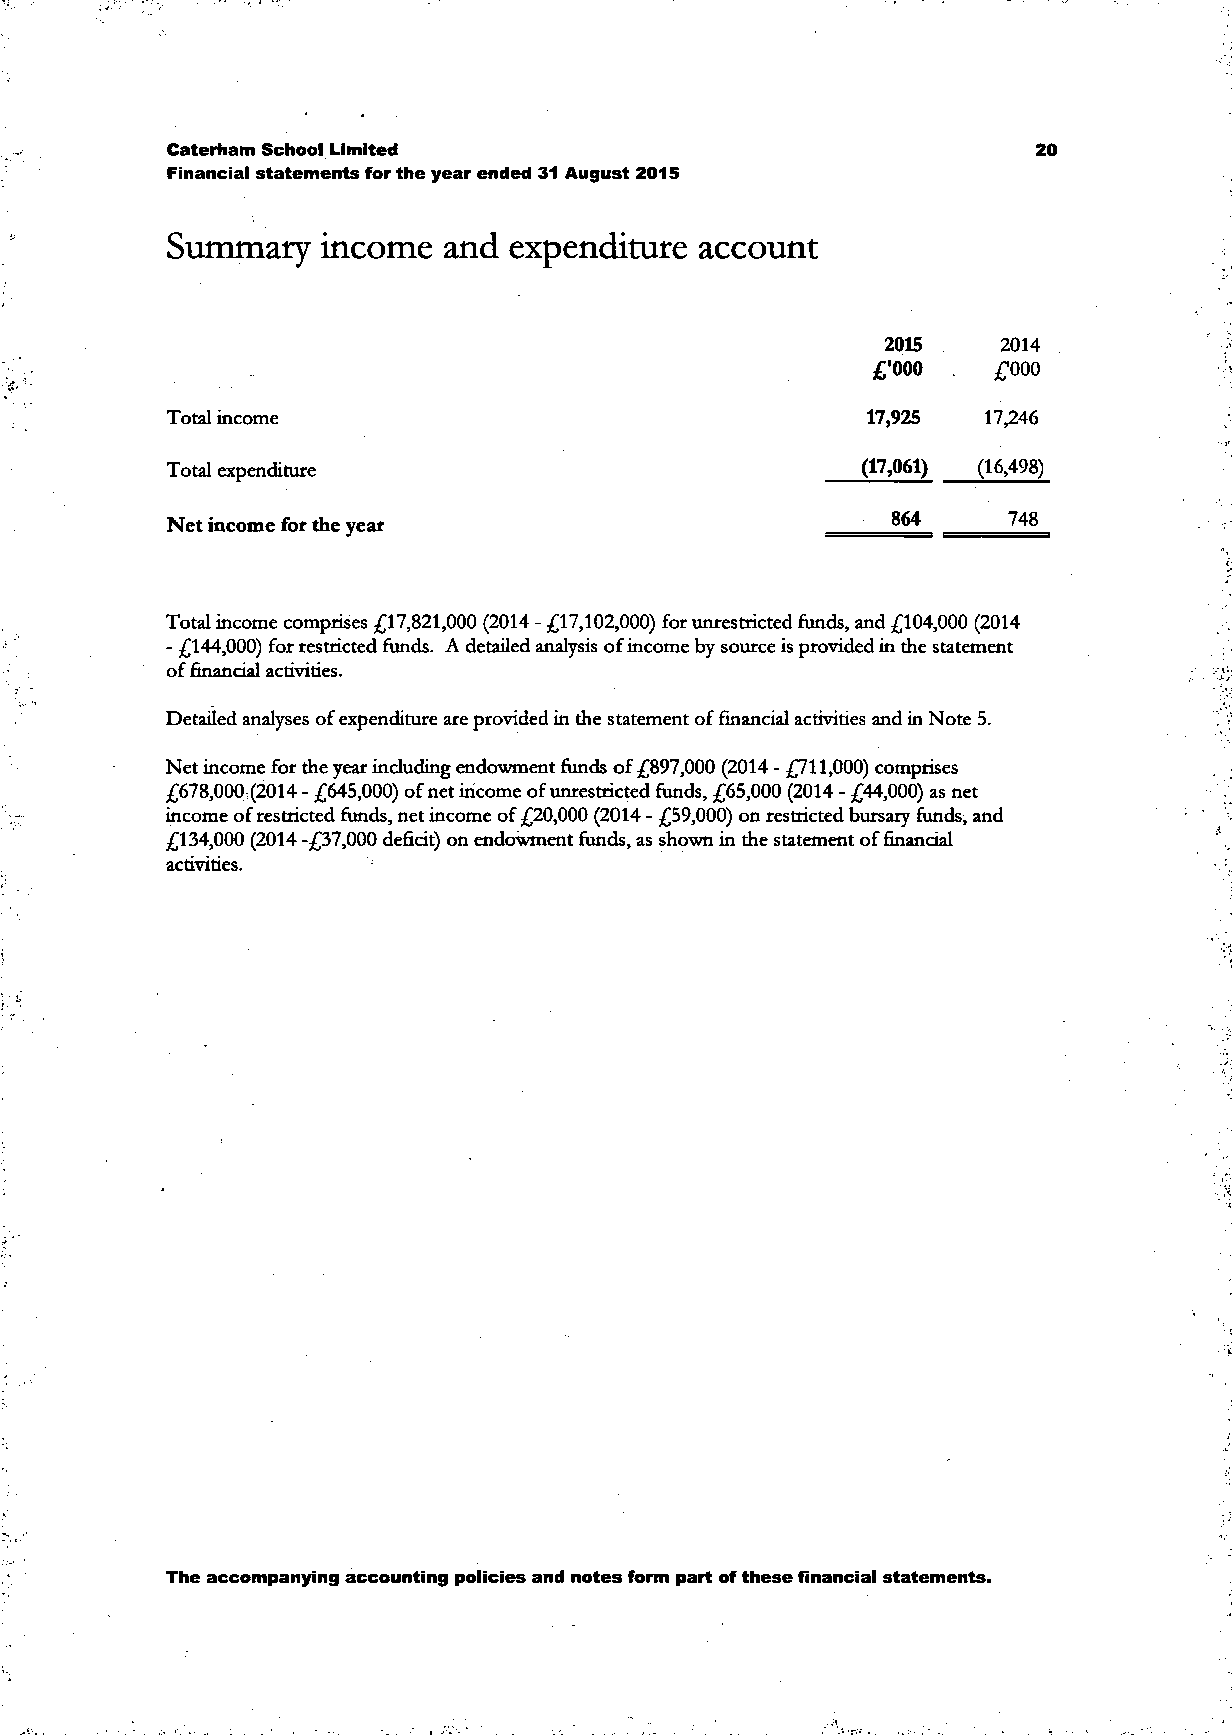
Caterham School Limited                                   20
 Financial statements for the year ended 31 August 2015
 Summary    income  and  expenditure  account
 2015   2014
 '•000   £000
 Total income                                  17,925  17,246
 Total expenditure                             (17,061) (16,498)
 Net income for the year
 Total income comprises £17,821,000 (2014 - £17,102,000) for unrestricted funds, and £104,000 (2014
 - £144,000) for restricted funds. A detailed analysis of income by source is provided in the statement
 of financial activities.
 Detailed analyses of expenditure are provided in the statement of financial activities and in Note 5.
 Net income for the year including endowment funds of £897,000 (2014 - £711,000) comprises
 £678,000 (2014 - £645,000) of net income of unrestricted funds, £65,000 (2014 - £44,000) as net
 income of restricted funds, net income of £20,000 (2014 - £59,000) on restricted bursary funds, and
 £134,000 (2014 -£37,000 deficit) on endowment funds, as shown in the statement of financial
 activities.
 The accompanying accounting policies and notes form part of these financial statements.